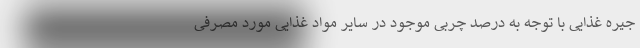
جیره غذایی با توجه به درصد چربی موجود در سایر مواد غذایی مورد مصرفی